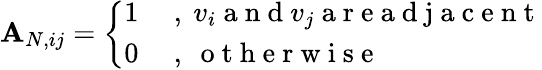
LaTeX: \mathbf{A}_{N,ij}=\left\{ \begin{array}{ll}{1}&{\mathrm{~,~}v_{i}\mathrm{~a~n~d~}v_{j}\mathrm{~a~r~e~a~d~j~a~c~e~n~t~}}\\ {0}&{\mathrm{~,~}\mathrm{~o~t~h~e~r~w~i~s~e~}}\end{array}\right.